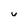
Character: v